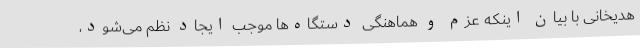
هدیخانی با بیان اینکه عزم و هماهنگی دستگاه‌ها موجب ایجاد نظم می‌شود،